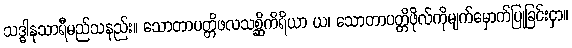
သဒ္ဓါနုသာရီမည်သနည်း။ သောတာပတ္တိဖလသစ္ဆိကိရိယာ ယ၊ သောတာပတ္တိဖိုလ်ကိုမျက်မှောက်ပြုခြင်းငှာ။